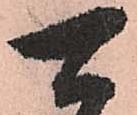
可